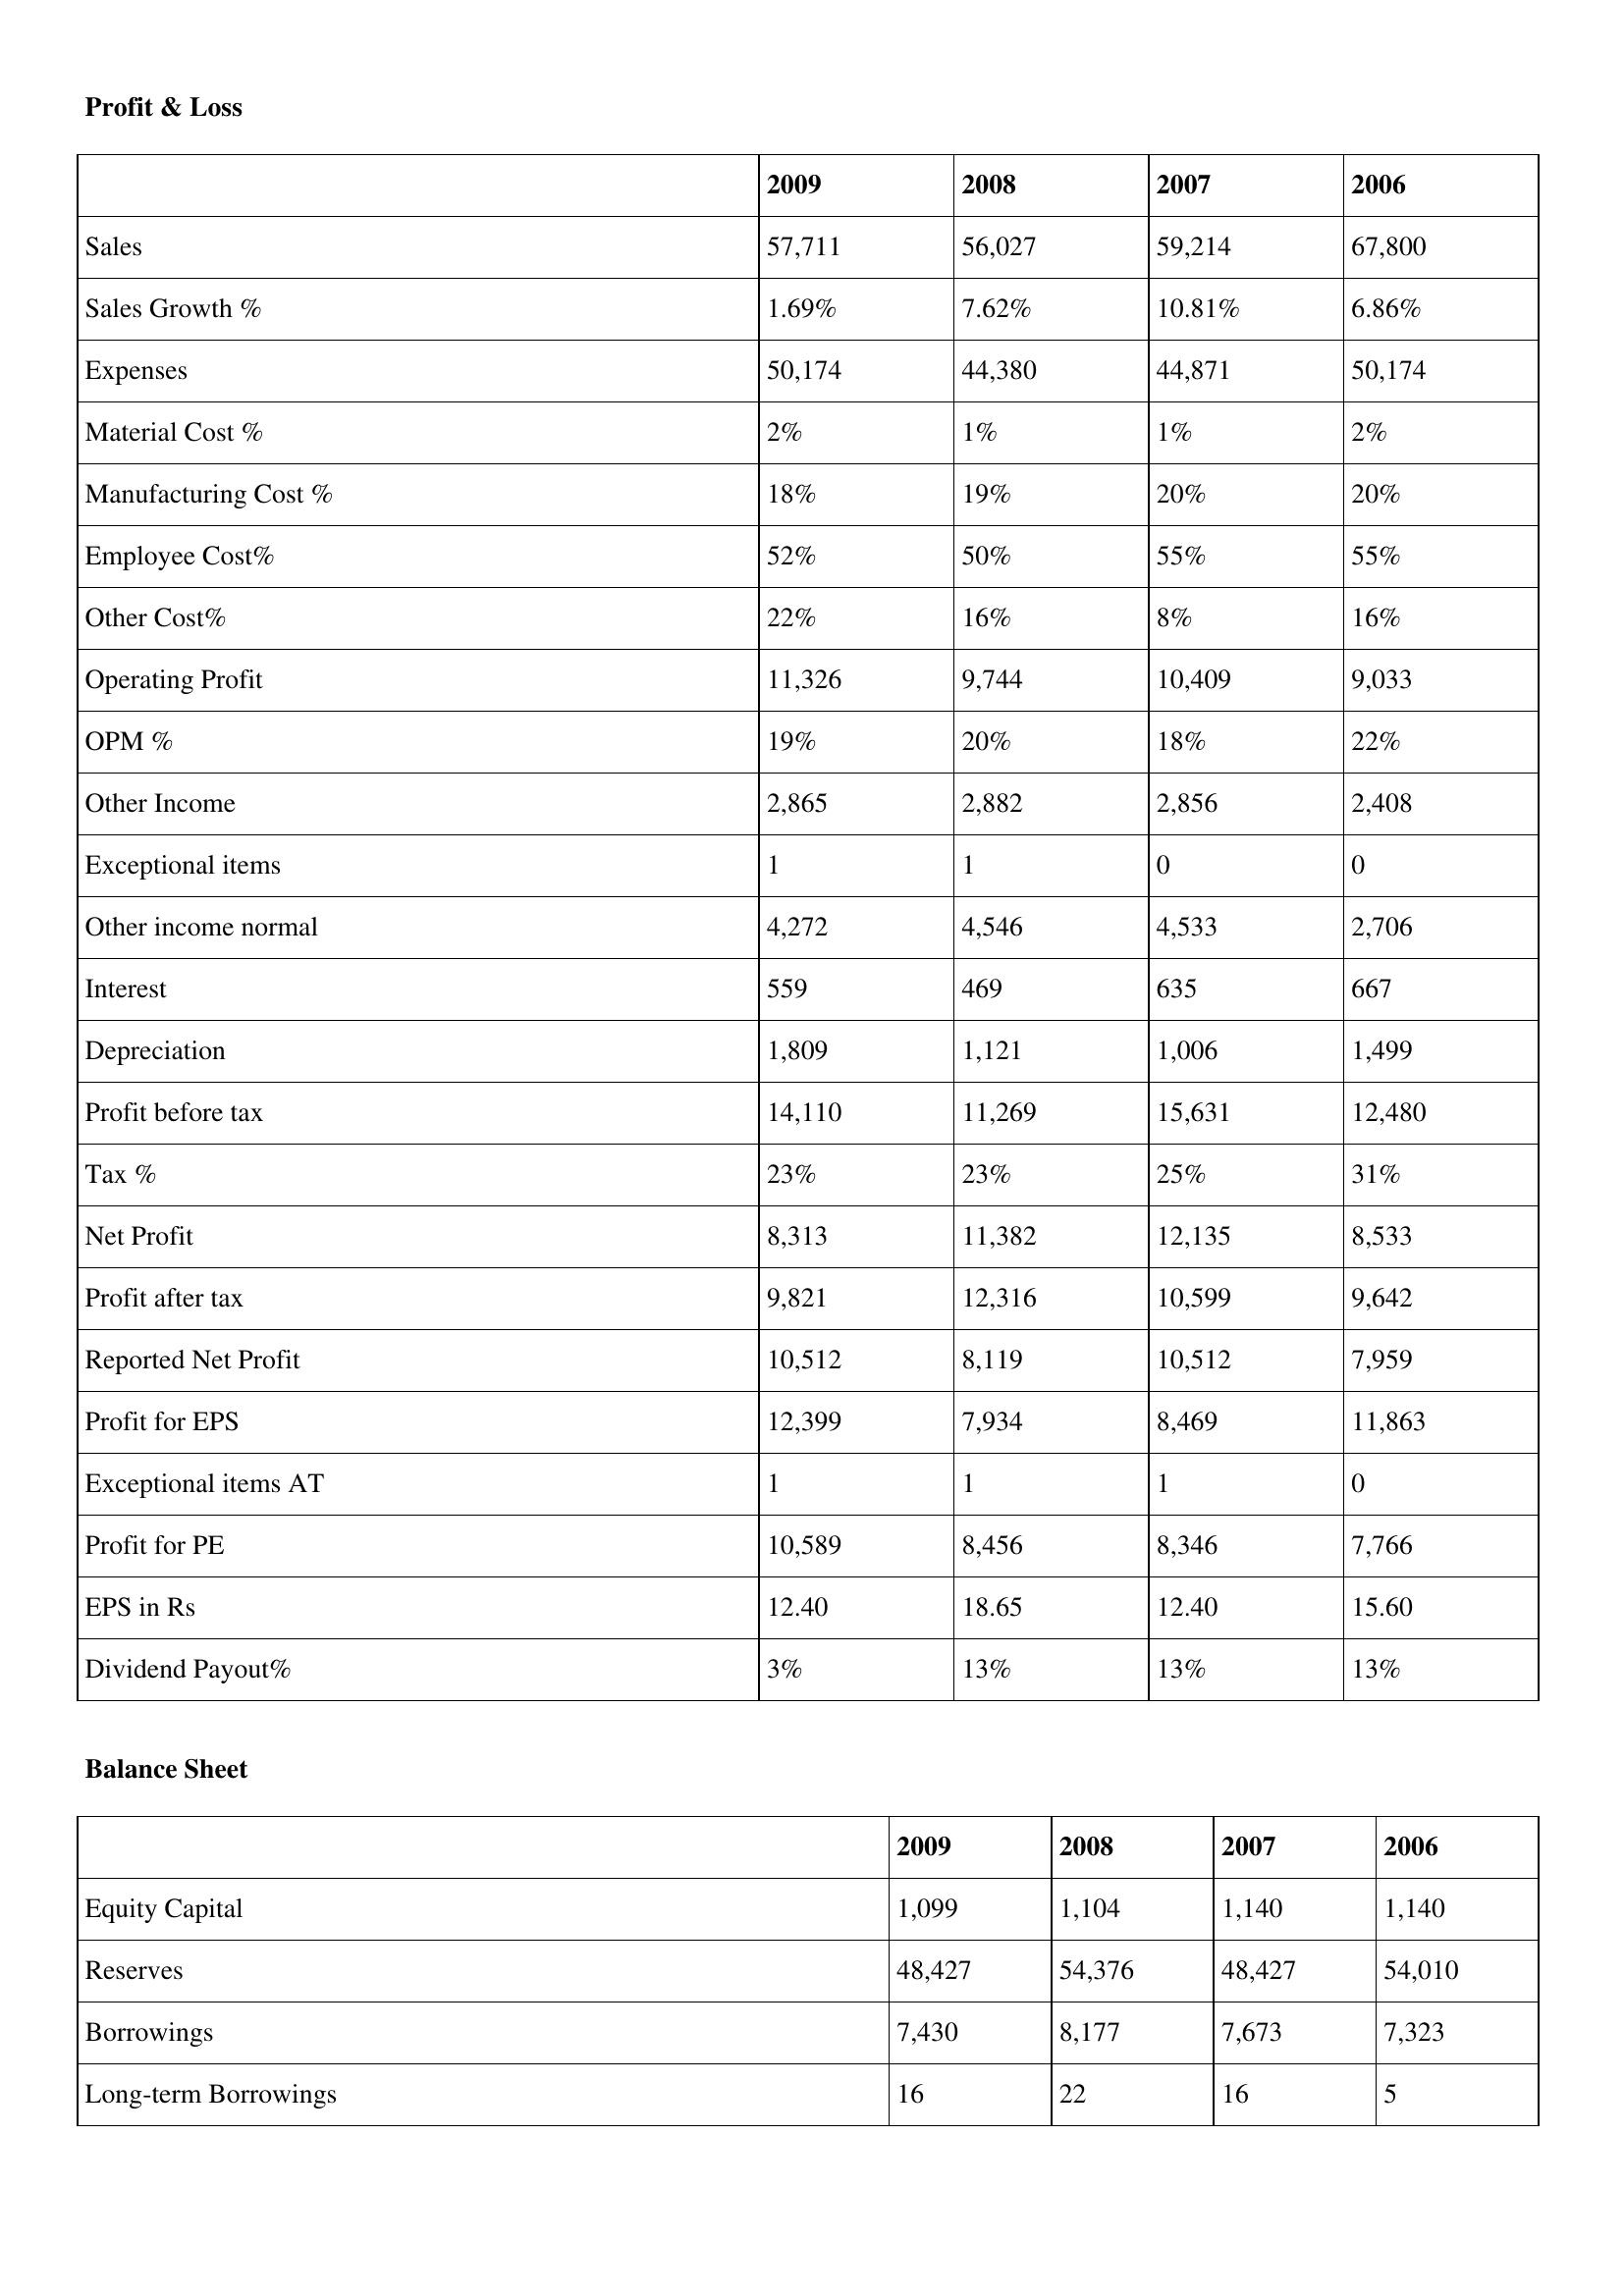
gt_parse: 2009: Profit & Loss: Sales: 57,711
Sales Growth %: 1.69%
Expenses: 50,174
Material Cost %: 2%
Manufacturing Cost %: 18%
Employee Cost%: 52%
Other Cost%: 22%
Operating Profit: 11,326
OPM %: 19%
Other Income: 2,865
Exceptional items: 1
Other income normal: 4,272
Interest: 559
Depreciation: 1,809
Profit before tax: 14,110
Tax %: 23%
Net Profit: 8,313
Profit after tax: 9,821
Reported Net Profit: 10,512
Profit for EPS: 12,399
Exceptional items AT: 1
Profit for PE: 10,589
EPS in Rs: 12.40
Dividend Payout%: 3%
Balance Sheet: Equity Capital: 1,099
Reserves: 48,427
Borrowings: 7,430
Long-term Borrowings: 16
2008: Profit & Loss: Sales: 56,027
Sales Growth %: 7.62%
Expenses: 44,380
Material Cost %: 1%
Manufacturing Cost %: 19%
Employee Cost%: 50%
Other Cost%: 16%
Operating Profit: 9,744
OPM %: 20%
Other Income: 2,882
Exceptional items: 1
Other income normal: 4,546
Interest: 469
Depreciation: 1,121
Profit before tax: 11,269
Tax %: 23%
Net Profit: 11,382
Profit after tax: 12,316
Reported Net Profit: 8,119
Profit for EPS: 7,934
Exceptional items AT: 1
Profit for PE: 8,456
EPS in Rs: 18.65
Dividend Payout%: 13%
Balance Sheet: Equity Capital: 1,104
Reserves: 54,376
Borrowings: 8,177
Long-term Borrowings: 22
2007: Profit & Loss: Sales: 59,214
Sales Growth %: 10.81%
Expenses: 44,871
Material Cost %: 1%
Manufacturing Cost %: 20%
Employee Cost%: 55%
Other Cost%: 8%
Operating Profit: 10,409
OPM %: 18%
Other Income: 2,856
Exceptional items: 0
Other income normal: 4,533
Interest: 635
Depreciation: 1,006
Profit before tax: 15,631
Tax %: 25%
Net Profit: 12,135
Profit after tax: 10,599
Reported Net Profit: 10,512
Profit for EPS: 8,469
Exceptional items AT: 1
Profit for PE: 8,346
EPS in Rs: 12.40
Dividend Payout%: 13%
Balance Sheet: Equity Capital: 1,140
Reserves: 48,427
Borrowings: 7,673
Long-term Borrowings: 16
2006: Profit & Loss: Sales: 67,800
Sales Growth %: 6.86%
Expenses: 50,174
Material Cost %: 2%
Manufacturing Cost %: 20%
Employee Cost%: 55%
Other Cost%: 16%
Operating Profit: 9,033
OPM %: 22%
Other Income: 2,408
Exceptional items: 0
Other income normal: 2,706
Interest: 667
Depreciation: 1,499
Profit before tax: 12,480
Tax %: 31%
Net Profit: 8,533
Profit after tax: 9,642
Reported Net Profit: 7,959
Profit for EPS: 11,863
Exceptional items AT: 0
Profit for PE: 7,766
EPS in Rs: 15.60
Dividend Payout%: 13%
Balance Sheet: Equity Capital: 1,140
Reserves: 54,010
Borrowings: 7,323
Long-term Borrowings: 5